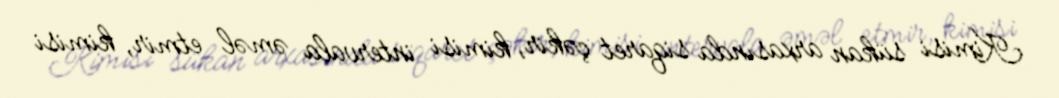
Kimisi sükan arxasında siqaret çəkir, kimisi intervala əməl etmir, kimisi